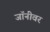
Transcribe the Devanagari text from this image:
जॉनीवर